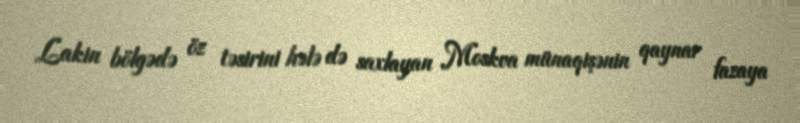
Lakin bölgədə öz təsirini hələ də saxlayan Moskva münaqişənin qaynar fazaya